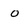
Character: 0